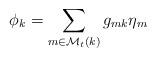
LaTeX: \begin{align*}\phi_k = \sum_{m \in \mathcal{M}_t(k)} g_{mk} \eta_m \;\end{align*}